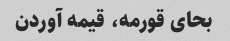
بحای قورمه، قیمه آوردن